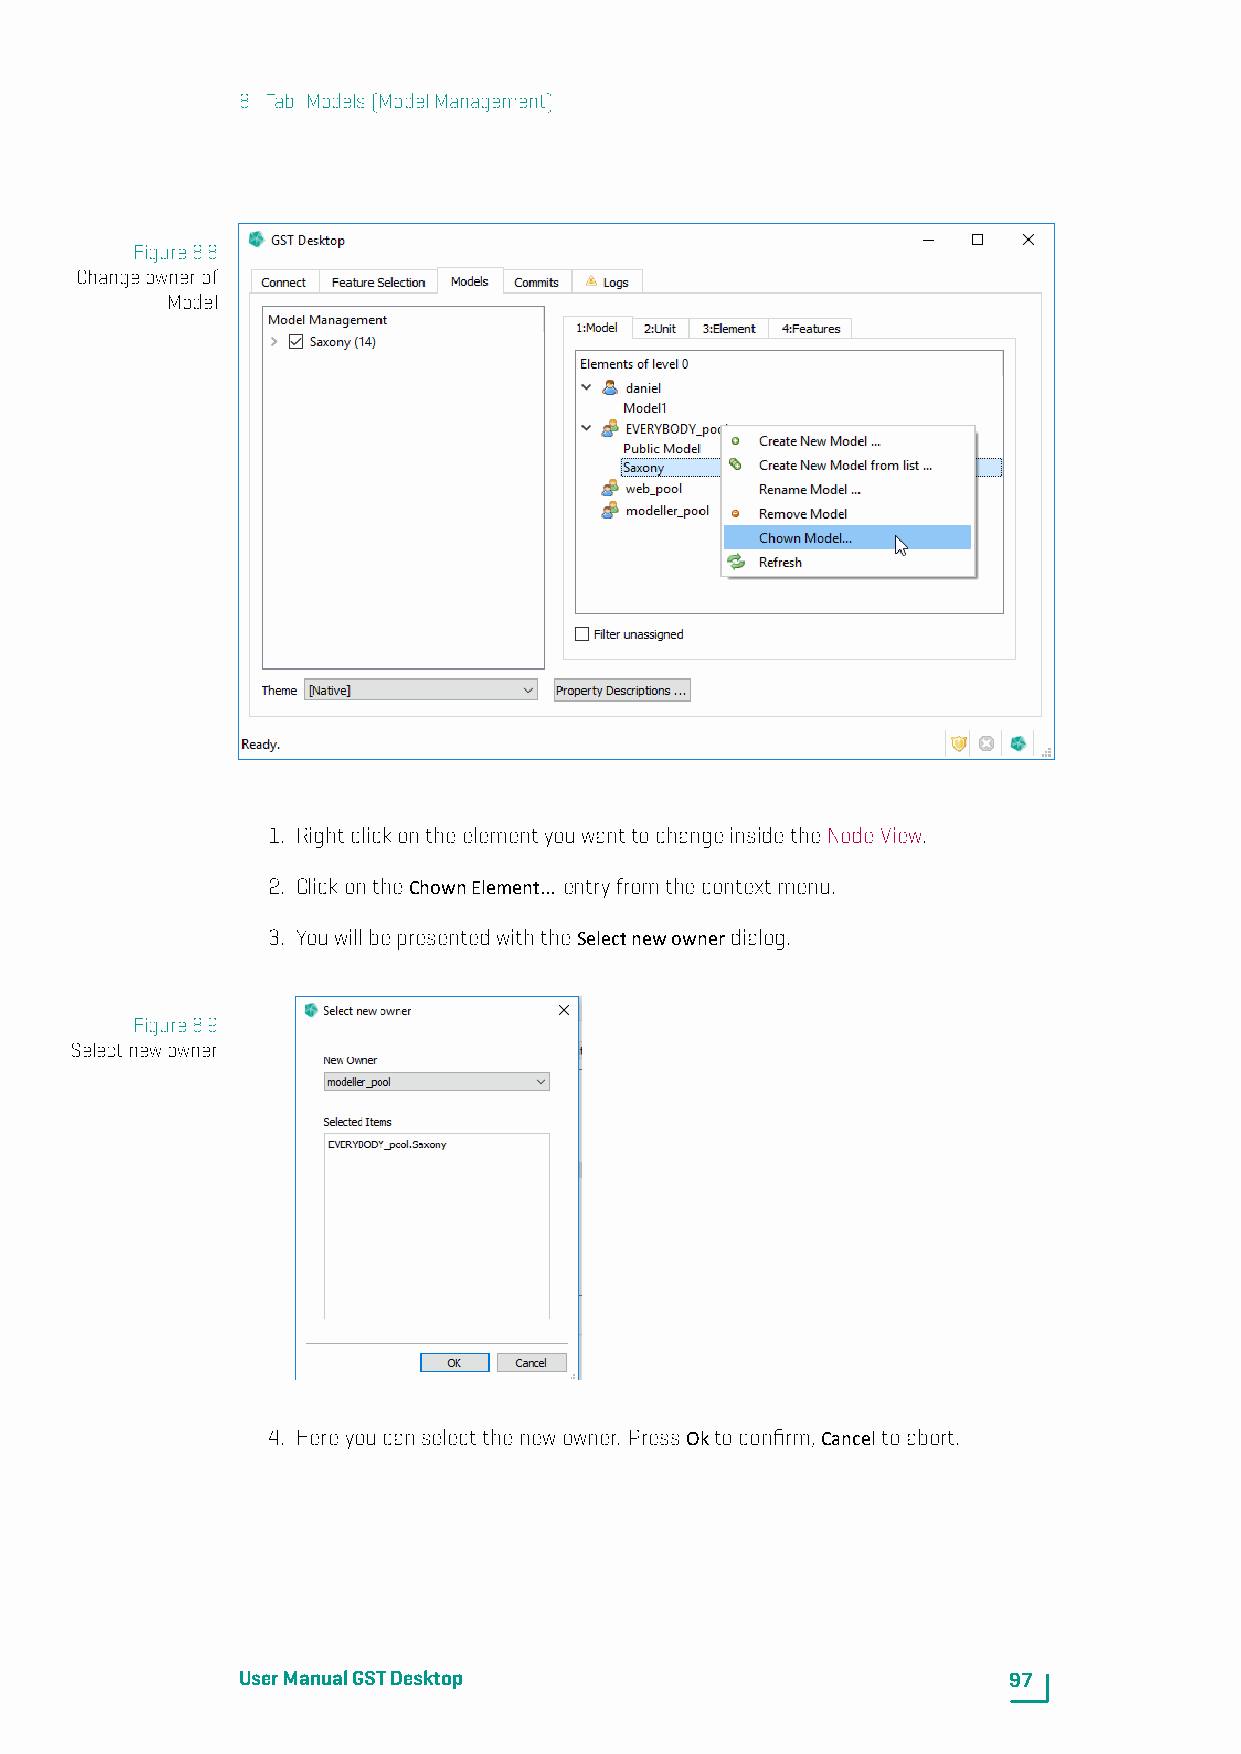
8. Tab: Models(ModelManagement)
 Figure8.8
 Changeownerof
 Model
 1. RightclickontheelementyouwanttochangeinsidetheNodeView.
 2. ClickontheChownElement... entryfromthecontextmenu.
 3. YouwillbepresentedwiththeSelectnewownerdialog.
 Figure8.9
 Selectnewowner
 4. Hereyoucanselectthenewowner. PressOktoconfirm,Canceltoabort.
 UserManualGSTDesktop                               97